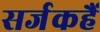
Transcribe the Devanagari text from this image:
सर्जकहैं